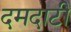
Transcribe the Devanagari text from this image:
दमदाटी